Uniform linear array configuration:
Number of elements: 64
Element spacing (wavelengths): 0.75
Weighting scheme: hamming
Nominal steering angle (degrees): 15
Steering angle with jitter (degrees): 16.751
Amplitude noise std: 0.05
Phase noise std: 0.05

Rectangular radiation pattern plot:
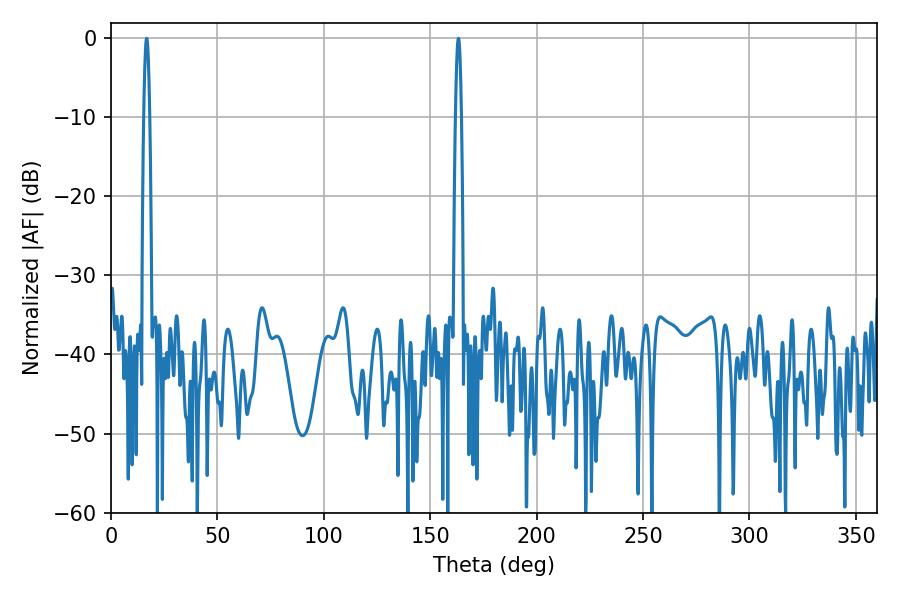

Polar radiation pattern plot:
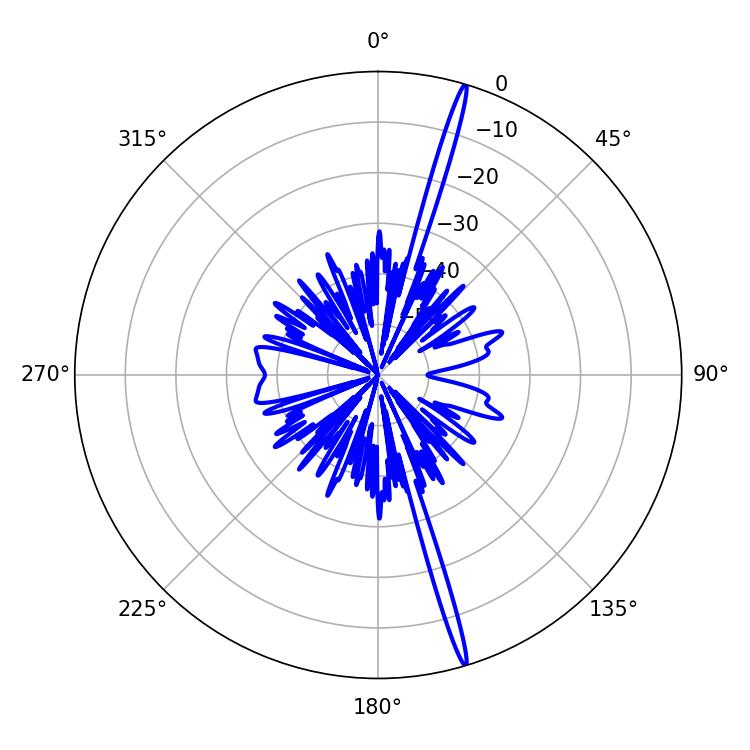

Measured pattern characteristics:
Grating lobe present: TRUE
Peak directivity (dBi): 20.655
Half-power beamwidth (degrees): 1.44
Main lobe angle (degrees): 163.26